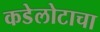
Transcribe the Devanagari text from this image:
कडेलोटाचा